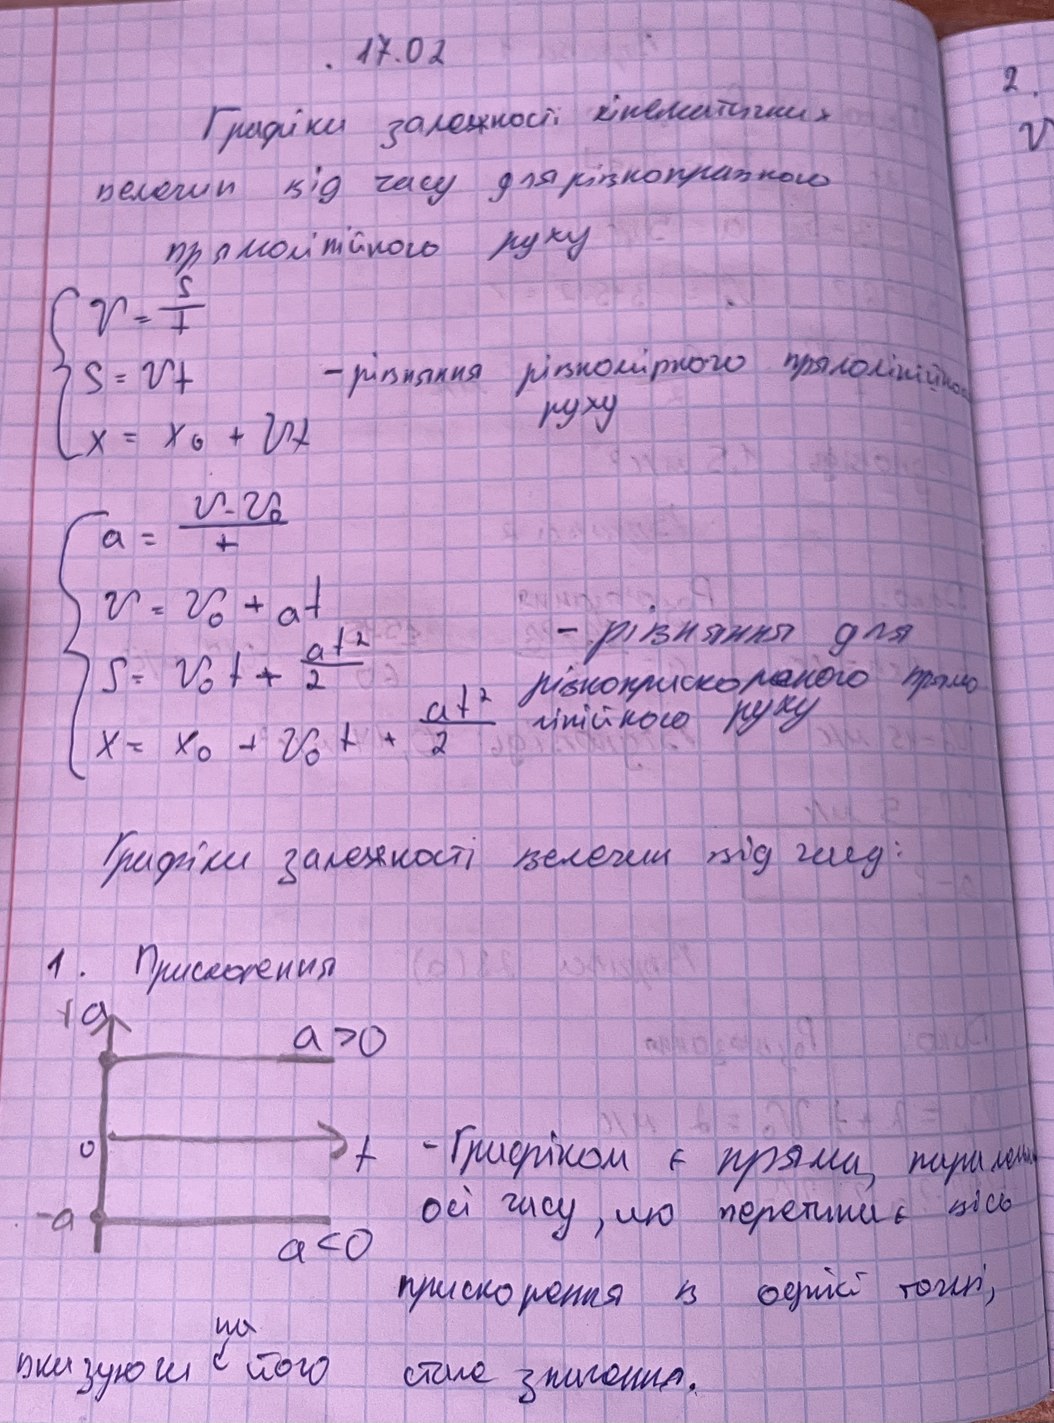
. 17.02
2.
Графіки залежності кінематичних
v
велечин від часу для рівноправного
прямолінійного руху
\begin{cases} v = \frac{s}{t} \\ s = vt \\ x = x_0 + vt \end{cases}
- рівняння рівномірного прямолінійного
руху
\begin{cases} a = \frac{v - v_0}{t} \\ v = v_0 + at \\ S = v_0 t + \frac{at^2}{2} \\ x = x_0 + v_0 t + \frac{at^2}{2} \end{cases}
- рівняння для
рівноприскореного прямо
лінійного руху
Графіки залежності величин від часу:
1. Прискорення
- Графіком є пряма, паралельна
осі часу, що перетинає вісь
прискорення в одній точці,
на
вказуючи с його на стале значення